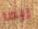
ربما